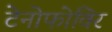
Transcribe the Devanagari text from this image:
टेनोफोविर